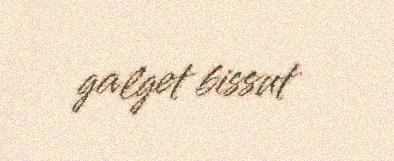
galget bissut